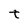
Character: t